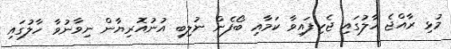
މުޅި ރާއްޖެ ހާލުގައި ޖެހިފައިވާ ކަމާއި ބޯފެން ނުލިބި އުނުއޮރިޔާން ނިވާނުވާ ހާލުގައި